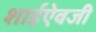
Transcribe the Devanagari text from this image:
शाईऐवजी